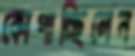
কোপাচ্ছিলেন